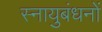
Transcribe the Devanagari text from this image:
स्नायुबंधनों